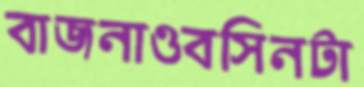
বাজনাওবসিনটা